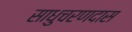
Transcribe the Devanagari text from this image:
साधुचरणदास